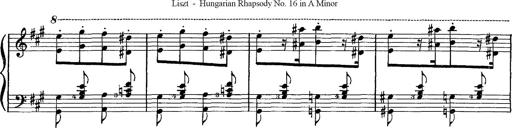
Title: Hungarian Rhapsody No.16
Composer: Franz Liszt
Key: A minor